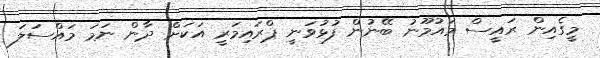
މީގެއިން ރައީސް މައުމޫނު ބޭނުން ފުޅުވަނީ ޕްރައިމަރީ އަކަށް ދާން ނަމަ މައްސަލަ